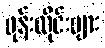
ဖုန်းလိုင်းများ